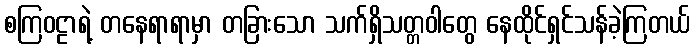
စကြဝဠာရဲ့ တနေရာရာမှာ တခြားသော သက်ရှိသတ္တဝါတွေ နေထိုင်ရှင်သန်ခဲ့ကြတယ်